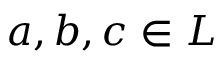
a , b , c \in L